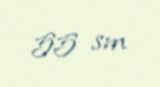
55 sm